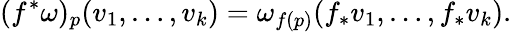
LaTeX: (f^{*}\omega)_{p}(v_{1},\ldots,v_{k})=\omega_{f(p)}(f_{*}v_{1},\ldots,f_{*}v_{k}).